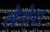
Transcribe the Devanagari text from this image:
लेनोरा